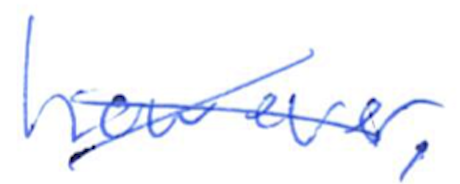
Text: however,
Cross-out: cross
Writing tool: ballpoint